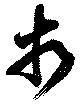
相